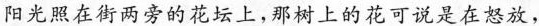
阳光照在街道两旁的花坛上，那棵树上的花可说是在怒放，